65_HS1-834228961_62-HQ-83894_Section_9
Agency: FBI
Page 96
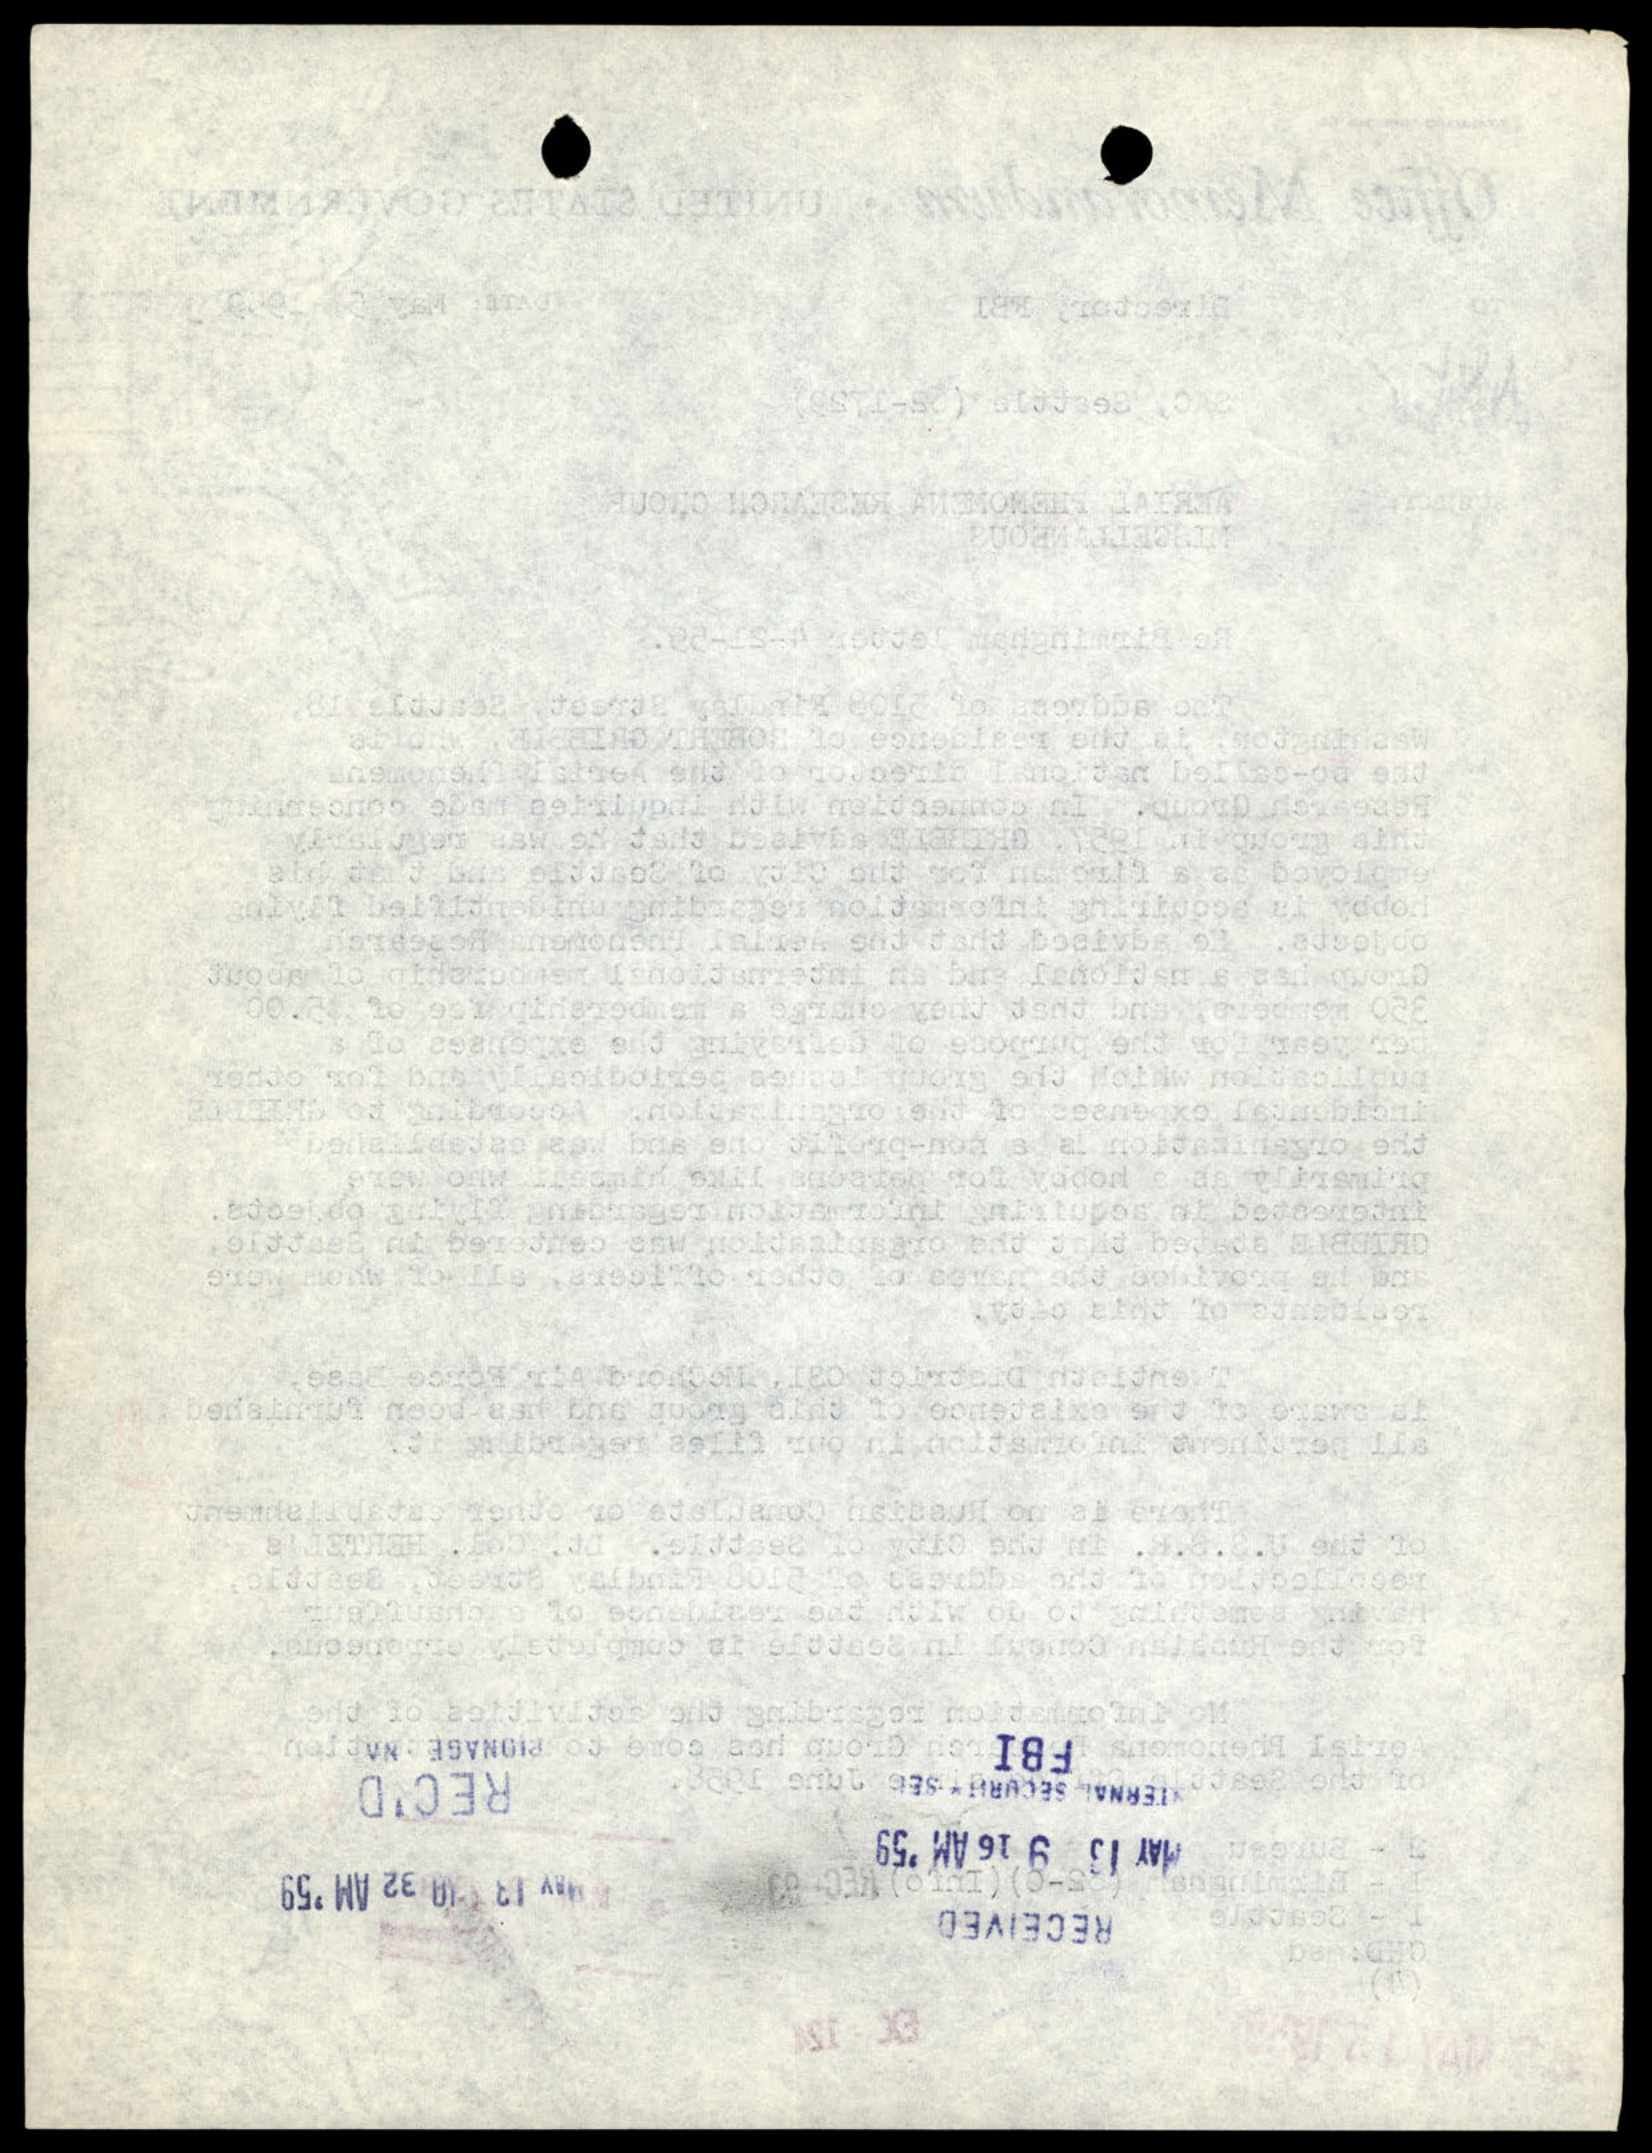